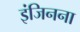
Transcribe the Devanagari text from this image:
इंजिनना